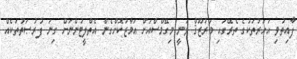
ފާއިތުވި އަހަރުތަކުގެ ތެރޭގައި މަރުޒޫޤް ވަނީ މިގޭމްސްއަށް އަމާޒުކޮށްގެން އެތްލީޓުންނަށް ގިނަ ފުރުޞަތުތަކެއް